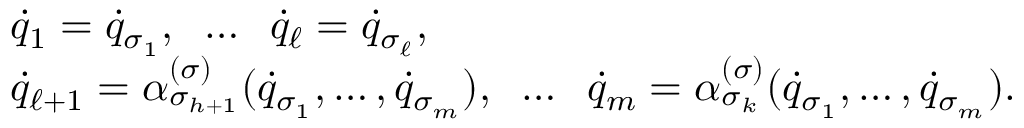
\begin{array} { l } { { \dot { q } } _ { 1 } = { \dot { q } } _ { \sigma _ { 1 } } , \; \; \dots \; \; { \dot { q } } _ { \ell } = { \dot { q } } _ { \sigma _ { \ell } } , } \\ { { \dot { q } } _ { \ell + 1 } = \alpha _ { \sigma _ { h + 1 } } ^ { ( \sigma ) } ( { \dot { q } } _ { \sigma _ { 1 } } , \dots , { \dot { q } } _ { \sigma _ { m } } ) , \; \; \dots \; \; { \dot { q } } _ { m } = \alpha _ { \sigma _ { k } } ^ { ( \sigma ) } ( { \dot { q } } _ { \sigma _ { 1 } } , \dots , { \dot { q } } _ { \sigma _ { m } } ) . } \end{array}